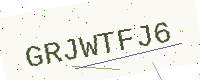
Text: GRJWTFJ6